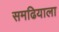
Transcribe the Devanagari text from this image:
समढियाला